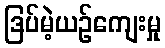
ဒြပ်မဲ့ယဉ်ကျေးမှု